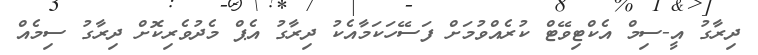
ދިރާގު އީ-ސިމް އެކްޓިވޭޓް ކުރެއްވުމަށް ފަސޭހަކަމާއެކު ދިރާގު އެޕް މެދުވެރިކޮށް ދިރާގު ސިމެއް